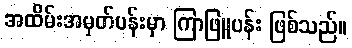
အထိမ်းအမှတ်ပန်းမှာ ကြာဖြူပန်း ဖြစ်သည်။